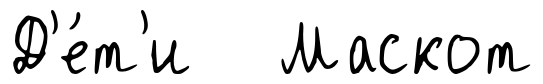
Д'е́т'и Маскот